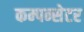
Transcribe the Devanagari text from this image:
कम्पन्सेटर